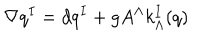
\nabla q ^ { I } = d q ^ { I } + g A ^ { \Lambda } k _ { \Lambda } ^ { I } ( q )